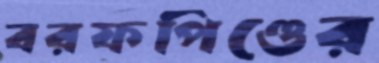
বরফপিণ্ডের